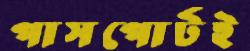
পাসপোর্টই